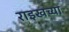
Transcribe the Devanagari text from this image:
राइखच्या